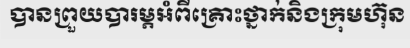
បានព្រួយបារម្ភអំពីគ្រោះថ្នាក់និងក្រុមហ៊ុន